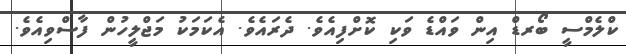
ކްލެމްސީ ބޯރޑް އިން ވައްޑެ ވަކި ކޮށްފިއެވެ. ދެރައެވެ. އެކަމަކު މަޖްލީހުން ފާސްވިއެވެ.